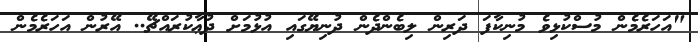
"އަހަރެމެން މުސްކުޅިވެ މުނިކާފަ ދަރިން ލިބެންދެން ދުނިޔޭގައި އުޅުމަށް ދުޢާކުރައްޗޭ.. އޭރުން އަހަރެމެން